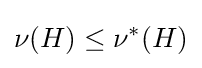
\nu (H)\leq \nu ^{*}(H)